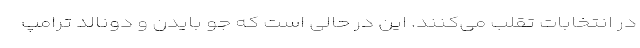
در انتخابات تقلب می‌کنند. این در حالی است که جو بایدن و دونالد ترامپ